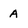
Character: A